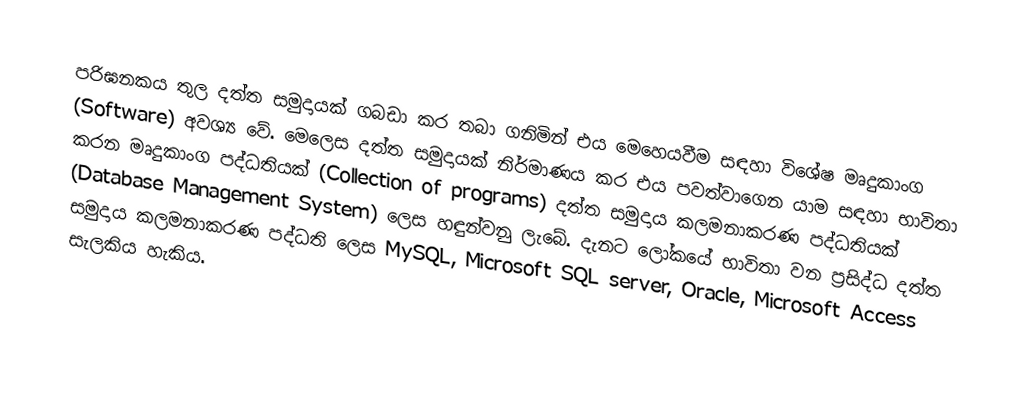
පරිඝනකය තුල දත්ත සමුදායක් ගබඩා කර තබා ගනිමින් එය මෙහෙයවීම සඳහා විශේෂ මෘදුකාංග (Software) අවශ්‍ය වේ. මෙලෙස දත්ත සමුදායක් නිර්මාණය කර එය පවත්වාගෙන යාම සඳහා භාවිතා කරන මෘදුකාංග පද්ධතියක් (Collection of programs) දත්ත සමුදාය කලමනාකරණ පද්ධතියක් (Database Management System) ලෙස හඳුන්වනු ලැබේ. දැනට ලෝකයේ භාවිතා වන ප්‍රසිද්ධ දත්ත සමුදාය කලමනාකරණ පද්ධති ලෙස MySQL, Microsoft SQL server, Oracle, Microsoft Access සැලකිය හැකිය.